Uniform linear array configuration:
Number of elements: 32
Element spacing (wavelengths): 0.5
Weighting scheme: exponential
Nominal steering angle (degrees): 30
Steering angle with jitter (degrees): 29.292
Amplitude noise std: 0.05
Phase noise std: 0.05

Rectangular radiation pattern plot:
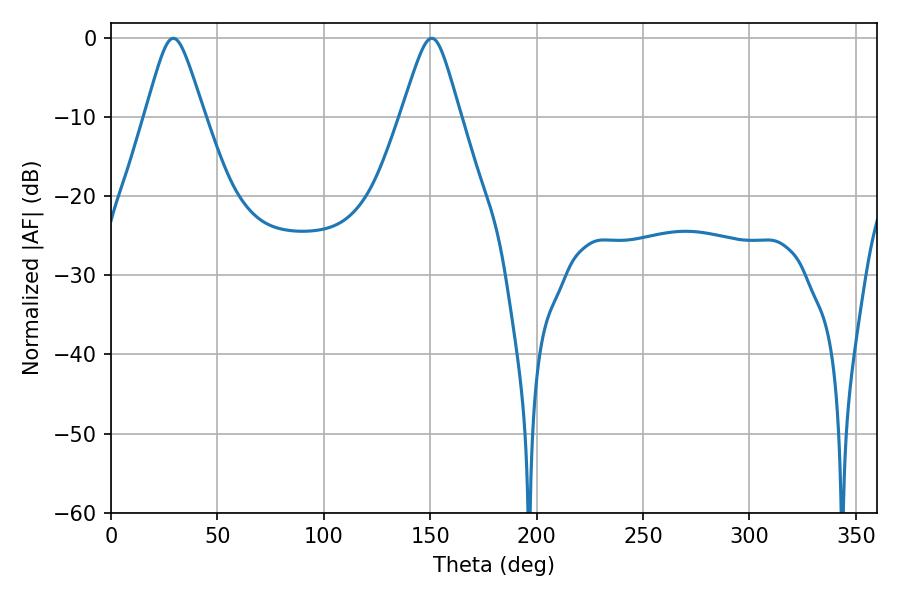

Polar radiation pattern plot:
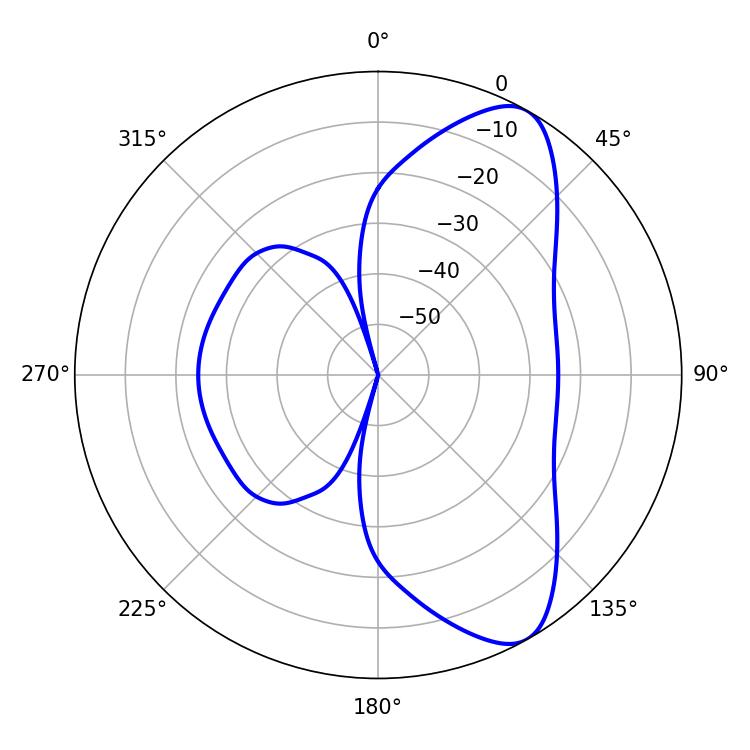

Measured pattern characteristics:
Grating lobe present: FALSE
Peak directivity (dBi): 8.641
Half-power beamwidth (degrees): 13.32
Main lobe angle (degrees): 29.34